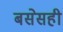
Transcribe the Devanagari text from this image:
बसेसही